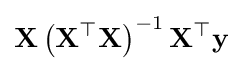
\mathbf {X} \left(\mathbf {X} ^{\top }\mathbf {X} \right)^{-1}\mathbf {X} ^{\top }\mathbf {y}